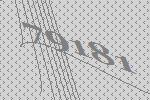
79181